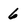
Character: 6